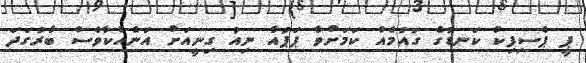
ޕީ ޕެސިފިކް ކަނޑުގެ ގައުމެއް ކަމަށްވާ ޕަޕުއާ ނިއު ގިނީއަށް އަނެއްކާވެސް ބާރުގަދަ